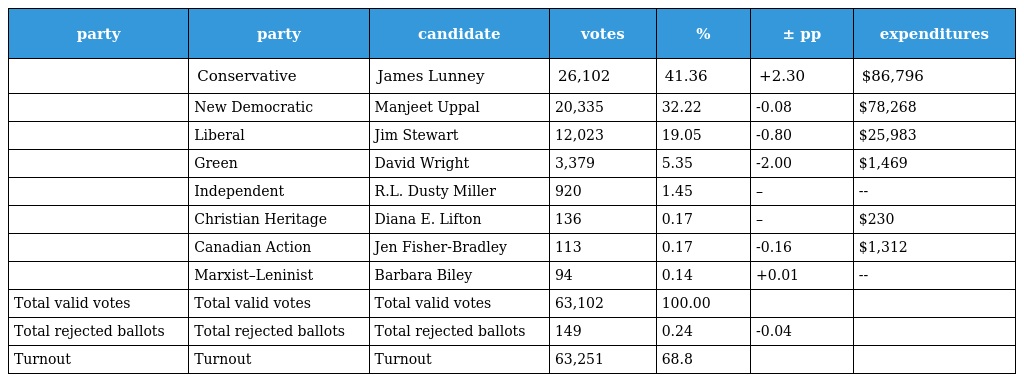
| party | party | candidate | votes | % | ± pp | expenditures |
 | --- | --- | --- | --- | --- | --- | --- |
 |  | Conservative | James Lunney | 26,102 | 41.36 | +2.30 | $86,796 |
 |  | New Democratic | Manjeet Uppal | 20,335 | 32.22 | -0.08 | $78,268 |
 |  | Liberal | Jim Stewart | 12,023 | 19.05 | -0.80 | $25,983 |
 |  | Green | David Wright | 3,379 | 5.35 | -2.00 | $1,469 |
 |  | Independent | R.L. Dusty Miller | 920 | 1.45 | – | -- |
 |  | Christian Heritage | Diana E. Lifton | 136 | 0.17 | – | $230 |
 |  | Canadian Action | Jen Fisher-Bradley | 113 | 0.17 | -0.16 | $1,312 |
 |  | Marxist–Leninist | Barbara Biley | 94 | 0.14 | +0.01 | -- |
 | Total valid votes | Total valid votes | Total valid votes | 63,102 | 100.00 |  |  |
 | Total rejected ballots | Total rejected ballots | Total rejected ballots | 149 | 0.24 | -0.04 |  |
 | Turnout | Turnout | Turnout | 63,251 | 68.8 |  |  |